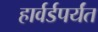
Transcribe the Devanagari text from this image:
हार्वर्डपर्यंत